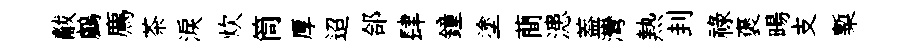
黻鸕廌茶淚炊筒厚迢郃肆鐘塗蕳漶葢灣熱刲祿褒暘支槧